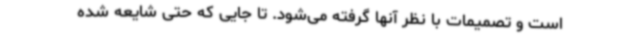
است و تصمیمات با نظر آنها گرفته می‌شود. تا جایی‌ که حتی شایعه شده